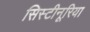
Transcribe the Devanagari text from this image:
सिस्टीनूरिया